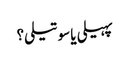
پہیلی یا سوتیلی؟